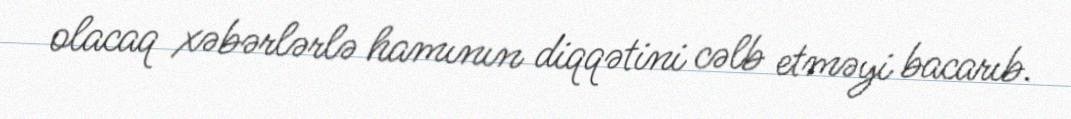
olacaq xəbərlərlə hamının diqqətini cəlb etməyi bacarıb.